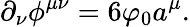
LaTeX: \partial_{\nu}\phi^{\mu\nu}=6\varphi_{0}a^{\mu}.